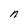
Character: n